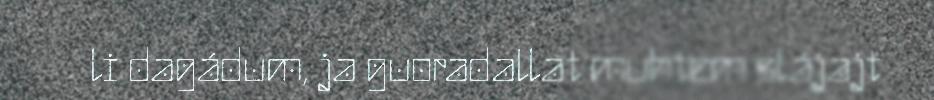
li dagádum, ja guoradallat muhtem slájajt